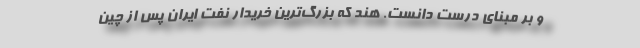
و بر مبنای درست دانست. هند که بزرگ‌ترین خریدار نفت ایران پس از چین